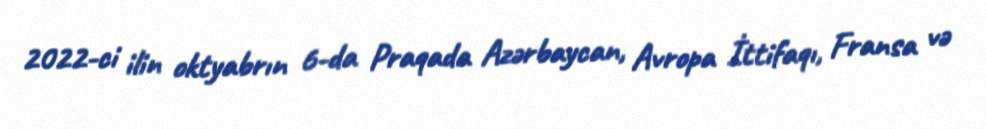
2022-ci ilin oktyabrın 6-da Praqada Azərbaycan, Avropa İttifaqı, Fransa və